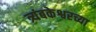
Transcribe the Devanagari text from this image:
त्र्यंबकेश्वरच्या